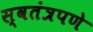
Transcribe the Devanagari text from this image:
स्‍वतंत्रपणे